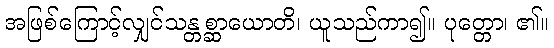
အဖြစ်ကြောင့်လျှင်သန္တစ္ဆာယောတိ၊ ယူသည်ကာ၍။ ပုတ္တော၊ ၏။